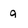
Character: g